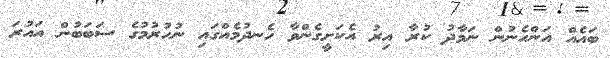
ބައެއް އަންހެނުން ނަމާދު ކުރާ އިރު އެކަށީގެންވާ ހެނދުމެއްގައި ނުހުރުމުގެ ސަބަބުން އައުރަ